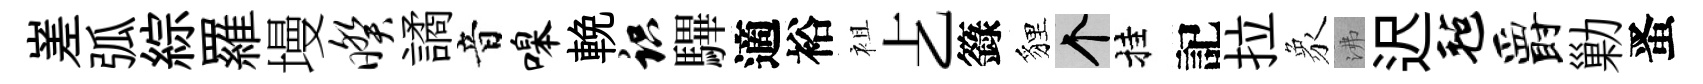
嵳弧綜羅墁暌譎音嗥輓识驆適裕袓𠧒籙貍个挂記拉象沸迟毡爵勦󱉠